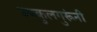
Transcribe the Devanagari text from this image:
उपकुलगुरूंनी